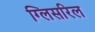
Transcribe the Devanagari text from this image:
ग्लिसरिल